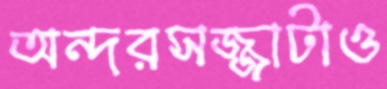
অন্দরসজ্জাটাও